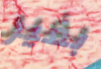
بغير